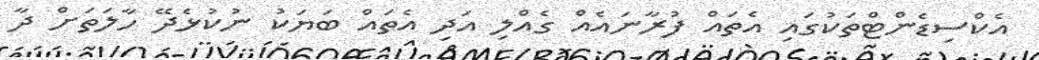
އެކްސިޑެންޓްތަކުގައި އެތައް ފުރާނައެއް ގެއްލި އަދި އެތައް ބަޔަކު ނުކުޅެދޭ ހާލަތަށް ދާ